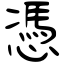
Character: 憑